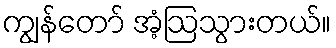
ကျွန်တော် အံ့ဩသွားတယ်။